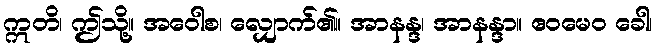
ဣတိ၊ ဤသို့။ အဝေါစ၊ လျှောက်၏။ အာနန္ဒ၊ အာနန္ဒာ။ ဧဝမေဝ ခေါ၊